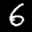
Label: 6